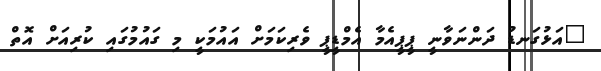
"އަޅުގަނޑު ދަންނަވާނީ ޕީޕީއެމާ އެމްޑީޕީ ވެރިކަމަށް އައުމަކީ މި ގައުމުގައި ކުރިއަށް އޮތް